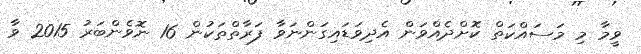
ވީމާ މި މަސައްކަތް ކޮށްދެއްވަން އެދިވަޑައިގަންނަވާ ފަރާތްތަކުން 16 ނޮވެންބަރު 2015 ވާ